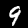
Label: 9